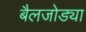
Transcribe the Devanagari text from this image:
बैलजोड्या